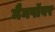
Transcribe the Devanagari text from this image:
मैनपॉवर